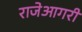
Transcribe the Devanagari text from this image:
राजेआगरी